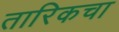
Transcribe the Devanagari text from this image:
तारिकचा